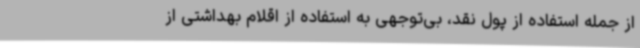
از جمله استفاده از پول نقد، بی‌توجهی به استفاده از اقلام بهداشتی از